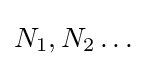
\textstyle {N}_{1},{N}_{2}\dots